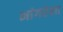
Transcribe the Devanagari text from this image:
भांगरेला